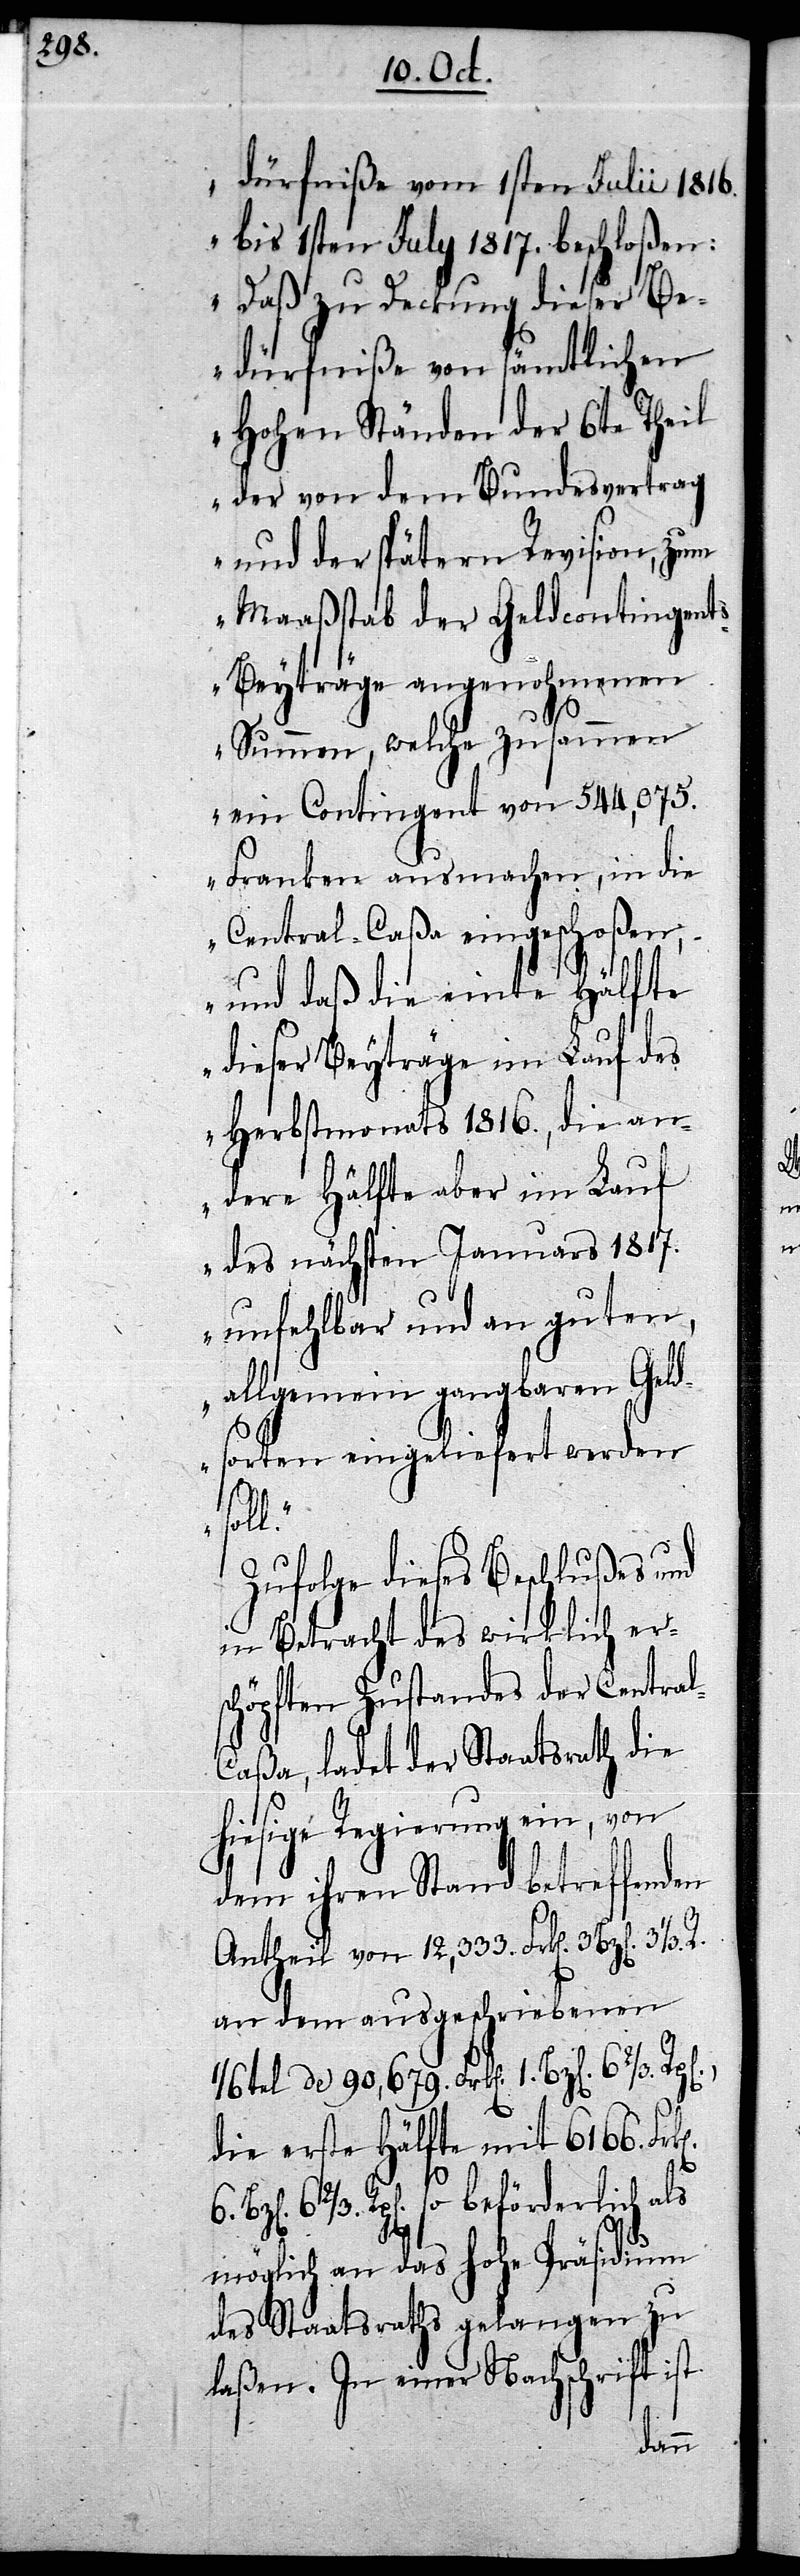
dürfniße vom 1sten Julii 1816.
bis 1sten July 1817. beschloßen:
Daß zu Deckung dieser Be¬
dürfniße von sämtlichen
Hohen Ständen der 6te Theil
der von dem Bundesvertrag
und der spätern Revision, zum
Maaßstab der Geldcontingent¬
s-Beyträge angenohmenen
Summen, welche zusammen
ein Contingent von 544,075.
Franken ausmachen, in die
Central-Caßa eingeschoßen,
und daß die einte Hälfte
dieser Beyträge im Lauf des
Herbstmonats 1816., die an¬
dere Hälfte aber im Lauf
des nächsten Januars 1817.
unfehlbar und an guten,
allgemein gangbaren Geld¬
sorten eingeliefert werden
k[en].
6.
Zufolge dieses Beschlußes und
in Betracht des wirklich ers¬
chöpften Zustandes der Centra¬
l-Caßa, ladet der Staatsrath die
hiesige Regierung ein, von
dem ihren Stand betreffenden
Antheil von 12,333. Frk[en]. 3
an dem ausgeschriebenen
1/6 tel de 90,679. Frk[en]. 1. Bz[en].
die erste Hälfte mit 6166. Fr¬
6 2/3. Rp[en]. so beförderlich als
möglich an das hohe Präsidium
des Staatsraths gelangen zu
laßen. In einer Nachschrift ist